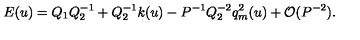
E ( u ) = Q _ { 1 } Q _ { 2 } ^ { - 1 } + Q _ { 2 } ^ { - 1 } k ( u ) - P ^ { - 1 } Q _ { 2 } ^ { - 2 } q _ { m } ^ { 2 } ( u ) + { \cal O } ( P ^ { - 2 } ) .